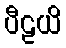
ပီဠယိ